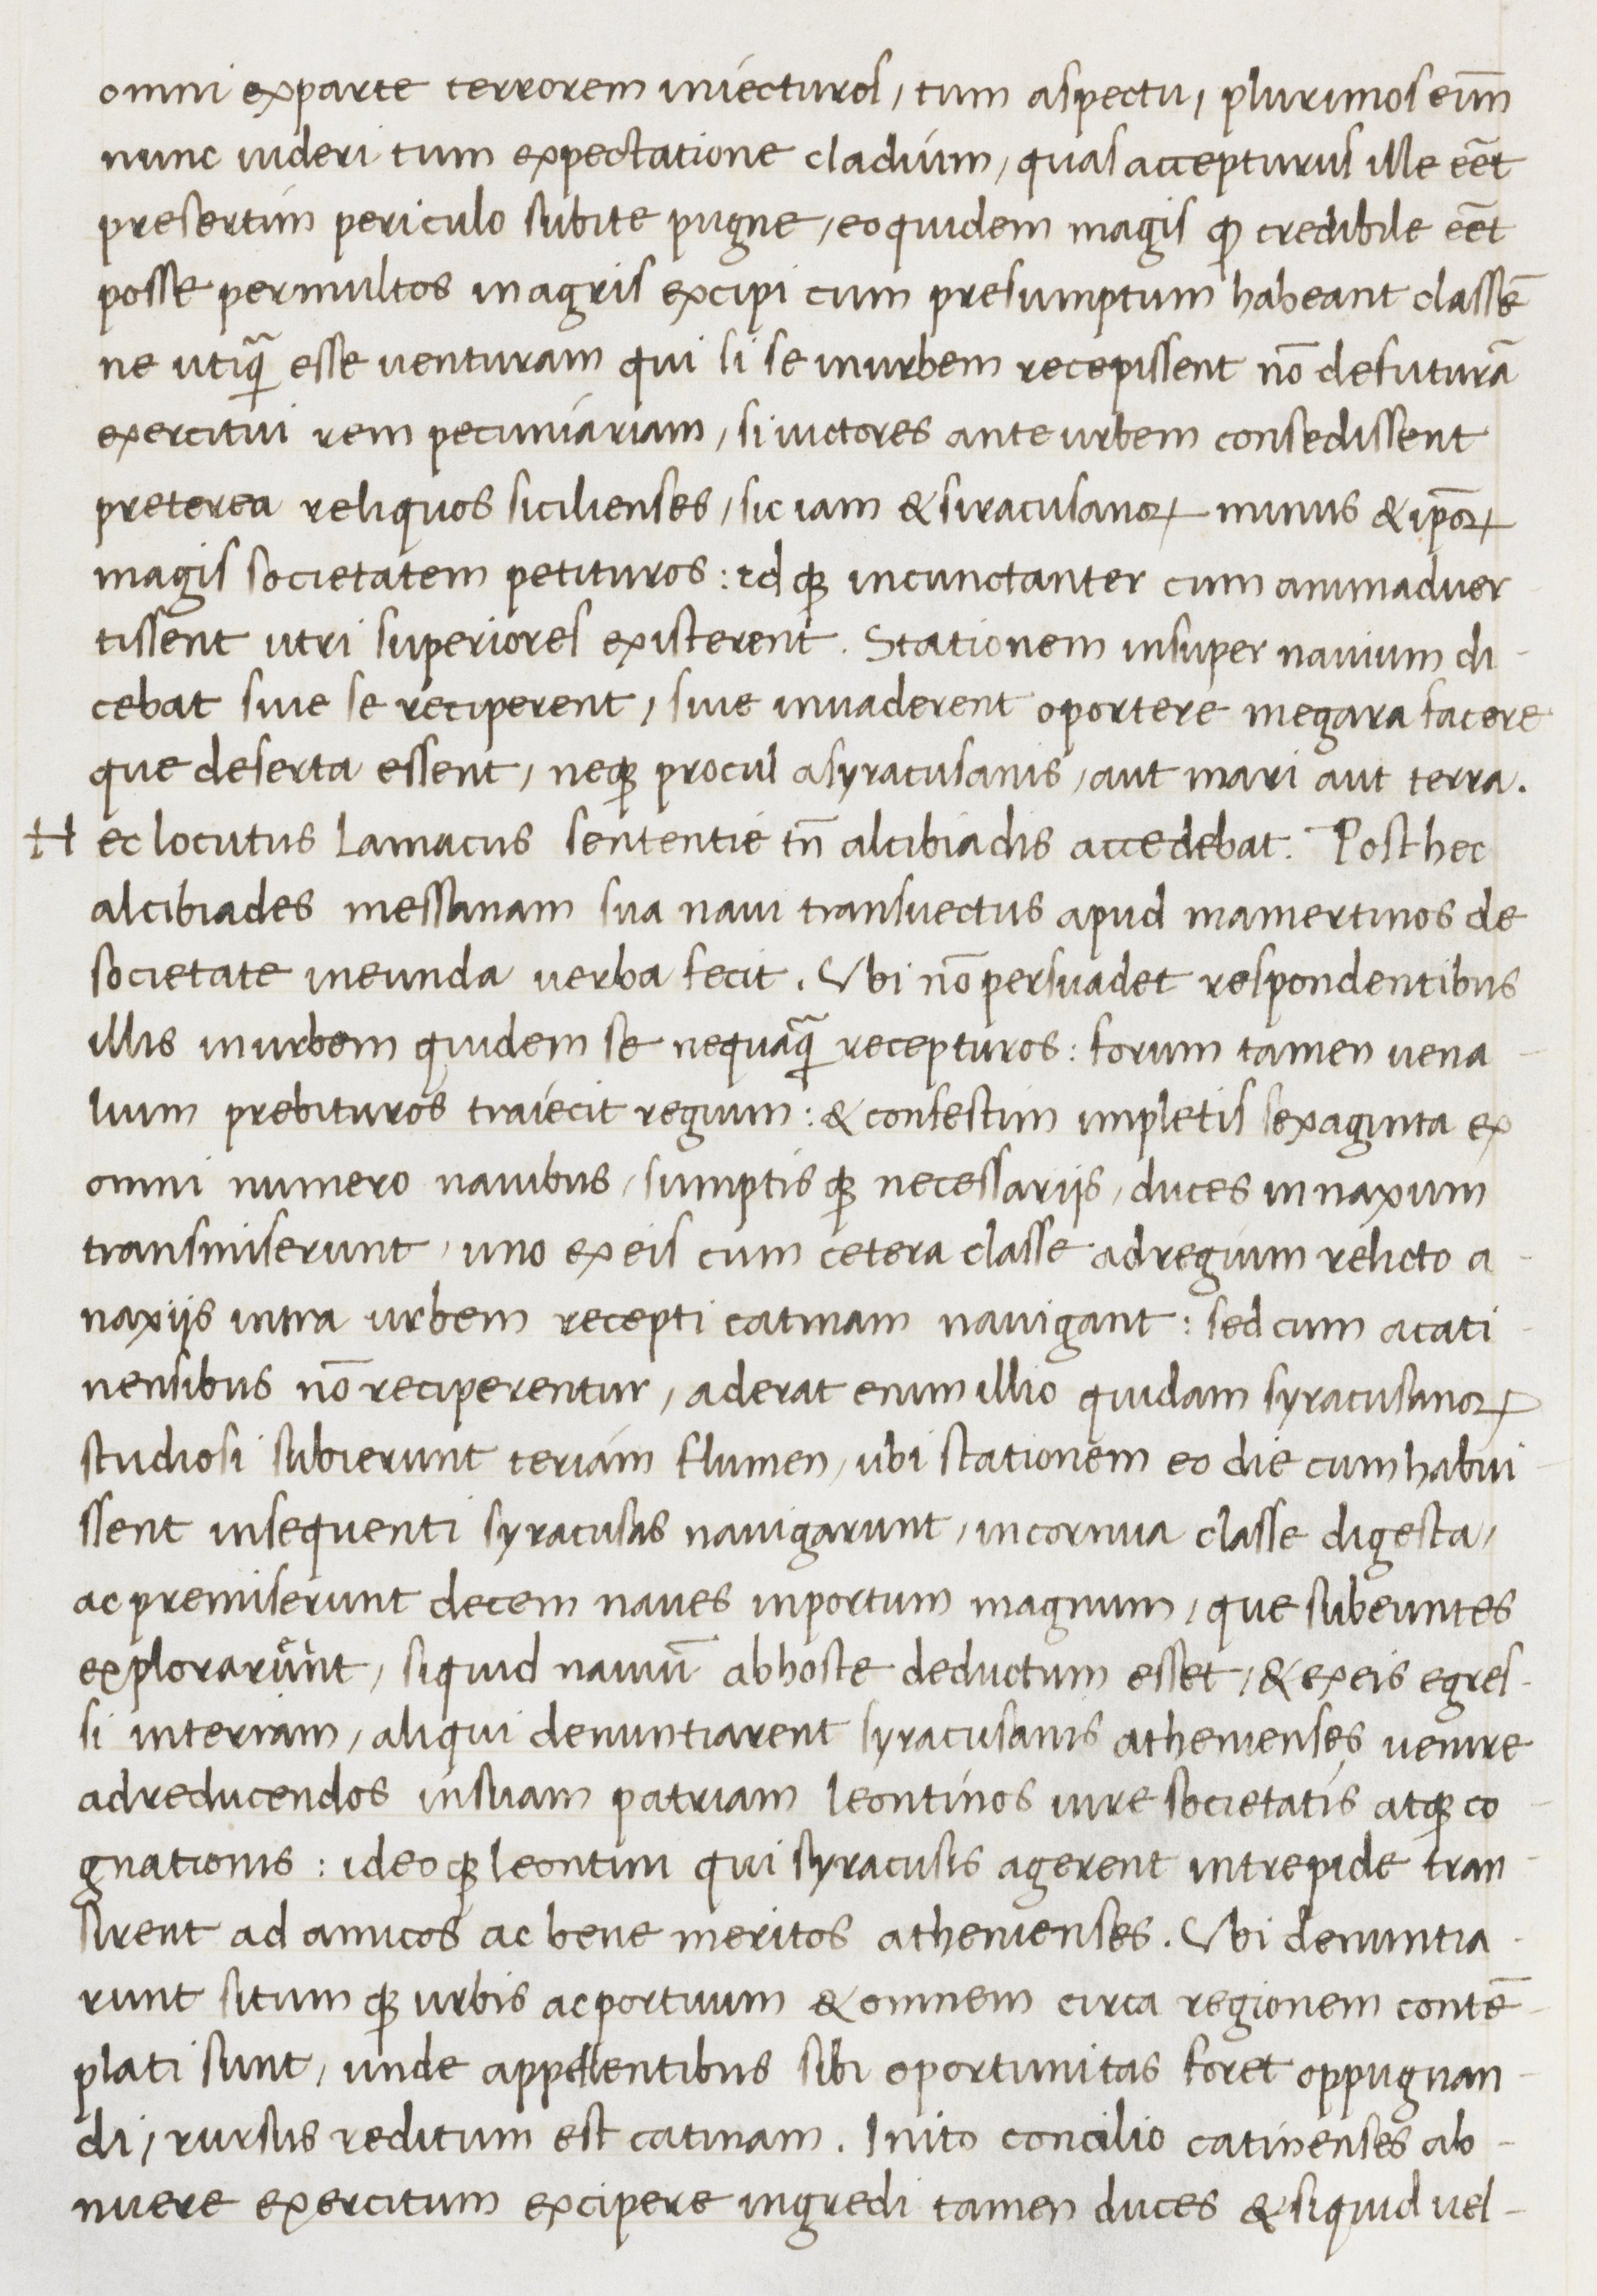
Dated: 1400–1499